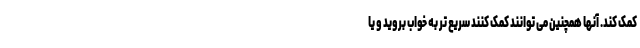
کمک کند. آنها همچنین می توانند کمک کنند سریع تر به خواب بروید و یا